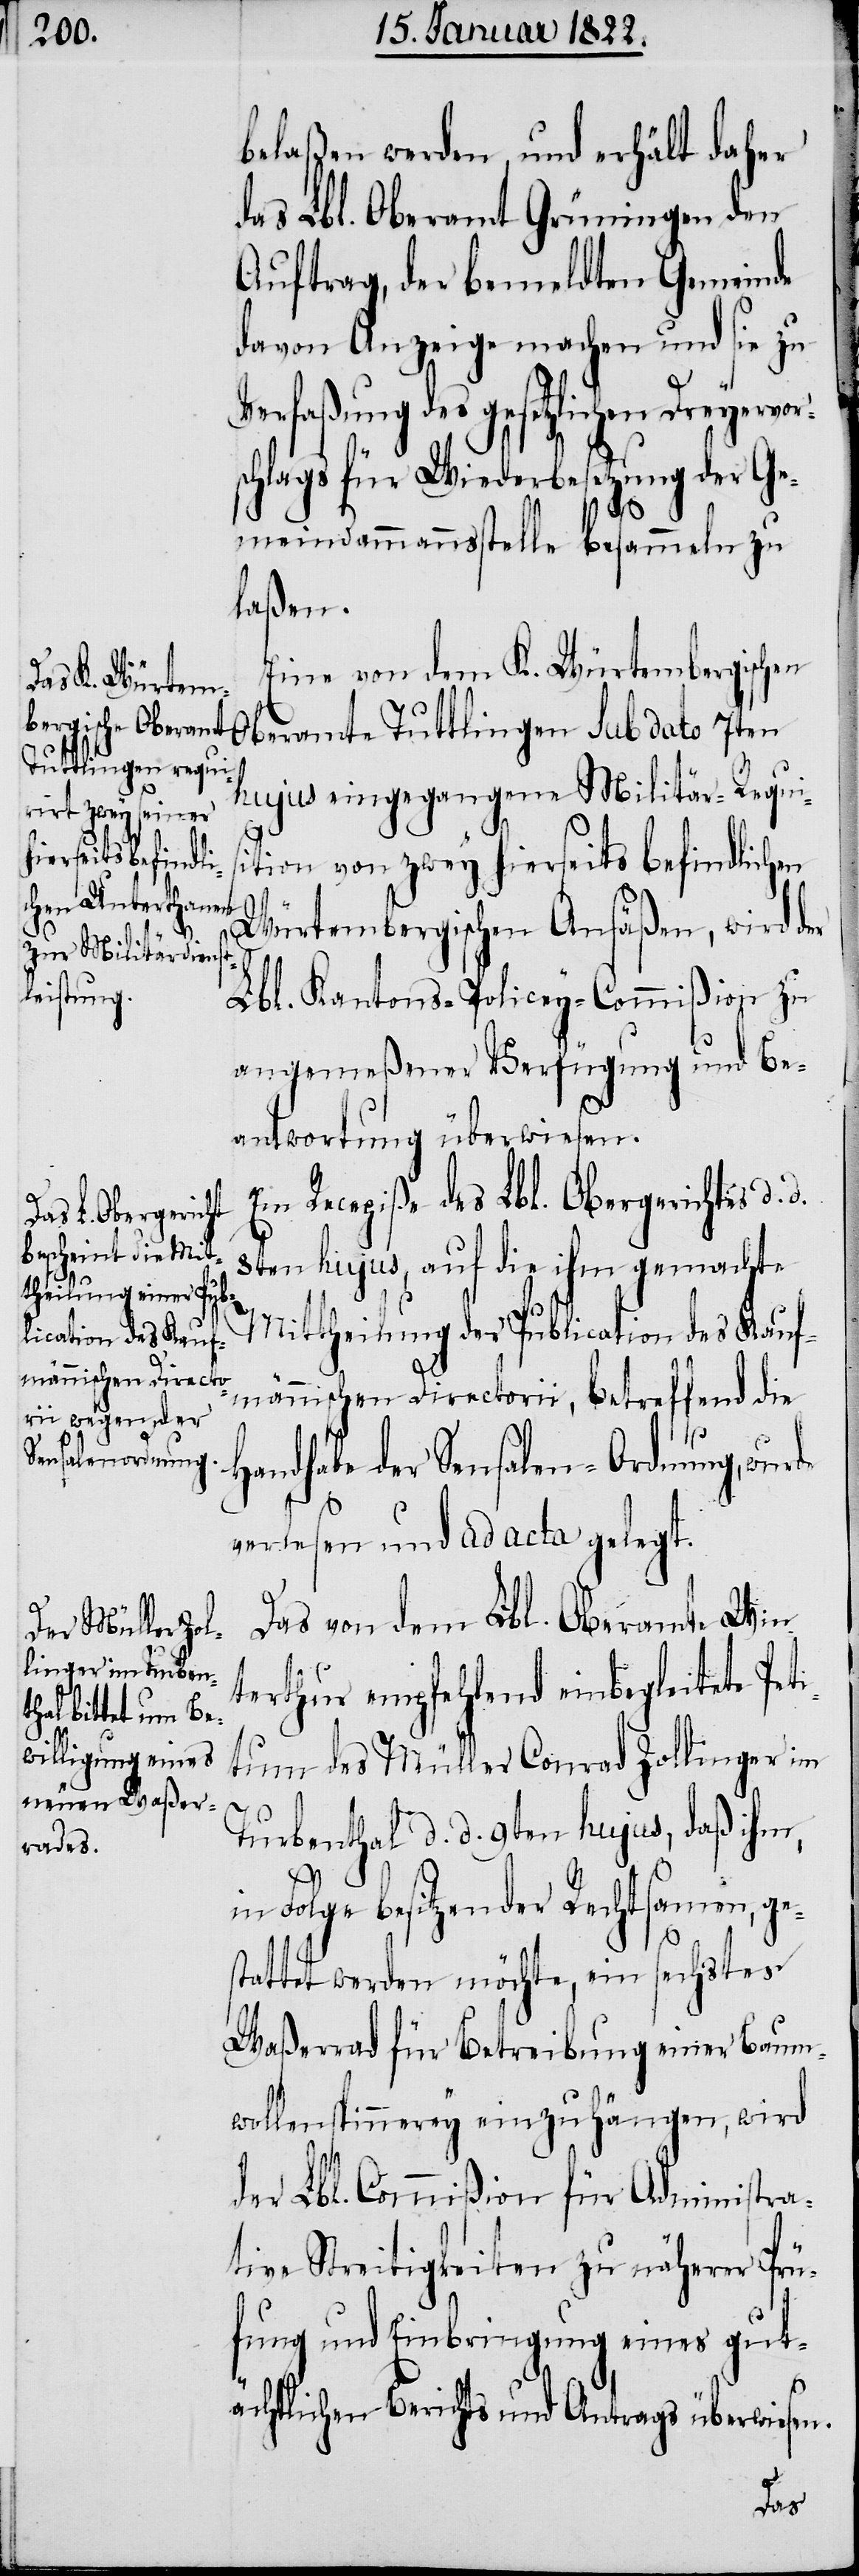
belaßen werden, und erhält daher
das Lbl. Oberamt Grüningen den
Auftrag, der bemeldten Gemeinde
davon Anzeige machen und sie zu
Verfaßung des gesetzlichen Dreyervor¬
schlags für Wiederbesetzung der Ge¬
meindammannsstelle besammeln zu
laßen.
Eine von dem K. Würtembergischen
Tuttlingen sub
hujus eingegangene Militär-Requis¬
ition von zwey hierseits befindlichen
Würtembergischen Ansäßen, wird der
Lbl. Kantons-Policey-Commißion zu
angemeßener Verfügung und Be¬
antwortung überwiesen.
Ein Recepiße des Lbl. Obergerichtes d.
8ten hujus, auf die ihm gemachte
Mittheilung der Publication des Kauf¬
d.
männischen Directorii, betreffend die
Handhabe der Sensalen-Ordnung,
verlesen und ad acta gelegt.
Das von dem Lbl. Oberamte Win¬
terthur empfehlend einbegleitete Pet¬
itum des Müller Conrad Zollinger im
Turbenthal d. d. 9ten hujus, daß ihm,
in Folge besitzender Rechtsamen, ge¬
stattet werden möchte, ein sechstes
Waßerrad für Betreibung einer Baum¬
wollenspinnerey einzuhängen, wird
der Lbl. Commißion für Administra¬
tive Streitigkeiten zu näherer Prü¬
fung und Einbringung eines gut¬
ächtlichen Berichts und Antrags überwiesen.